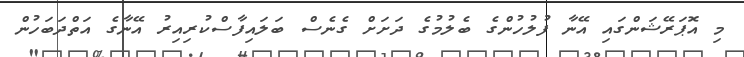
މި އޮޕަރޭޝަންގައި އޭނާ ފުލުހުންގެ ބެލުމުގެ ދަށަށް ގެނެސް ބަލައިފާސްކުރިއިރު އޭނާގެ އަތްދަބަހުން